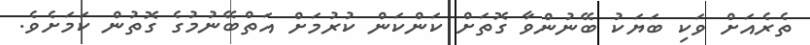
ތެރެއަށް ވަކި ބަޔަކު ބޭނުންވާ ގޮތަށް ކަންކަން ކުރުމަށް އަތްބޭނުމުގެ ގޮތުން ކަމަށެވެ.